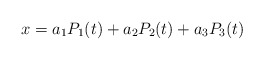
\begin{align*}x = a_1 P_1(t) + a_2 P_2(t) + a_3 P_3(t) \end{align*}